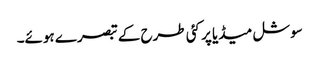
سوشل میڈیا پر کئی طرح کے تبصرے ہوئے۔